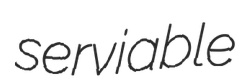
serviable